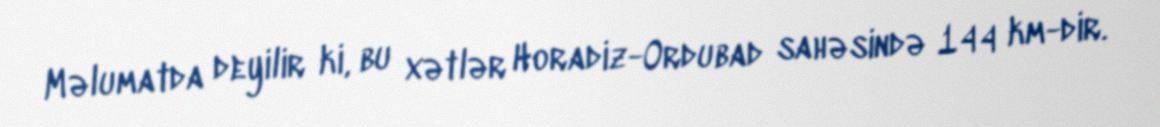
Məlumatda deyilir ki, bu xətlər Horadiz-Ordubad sahəsində 144 km-dir.